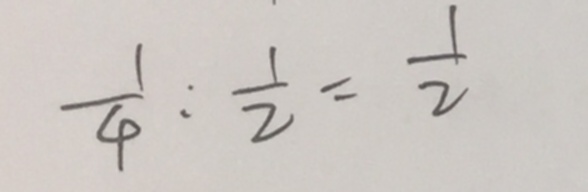
\frac { 1 } { 4 } : \frac { 1 } { 2 } = \frac { 1 } { 2 }